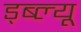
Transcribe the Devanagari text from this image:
ड्ब्ल्यू